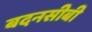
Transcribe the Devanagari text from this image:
बदनसीबी